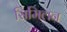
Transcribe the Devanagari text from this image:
सिमिलन